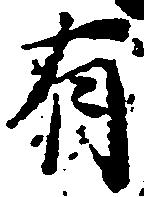
有